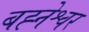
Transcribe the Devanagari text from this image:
बह्नेश्वर